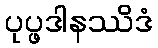
ပုပ္ဖဒါနဿိဒံ